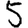
Digit: 5